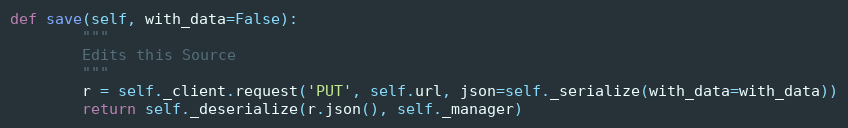
Language: Python
def save(self, with_data=False):
        """
        Edits this Source
        """
        r = self._client.request('PUT', self.url, json=self._serialize(with_data=with_data))
        return self._deserialize(r.json(), self._manager)